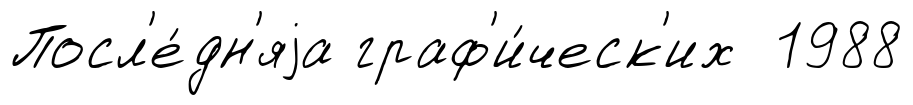
Посл'е́дн'яjа граф'и́ческ'их 1988